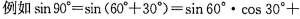
例如$$\sin 9 0 ° = \sin ( 6 0 ° + 3 0 ° ) = \sin 6 0 ° \cdot \cos 3 0 ° +